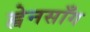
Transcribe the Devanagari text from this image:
ह्वेनसाँग